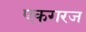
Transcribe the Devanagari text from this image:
एकगरज